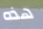
هذه